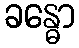
ခန္ဓော